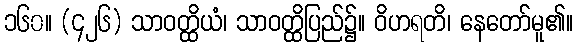
၁၆၀။ (၄၂၆) သာဝတ္ထိယံ၊ သာဝတ္ထိပြည်၌။ ဝိဟရတိ၊ နေတော်မူ၏။